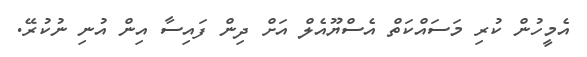
އެމީހުން ކުރި މަސައްކަތް އެސްޔޫއެލް އަށް ދިން ފައިސާ އިން އުނި ނުކުރޭ.